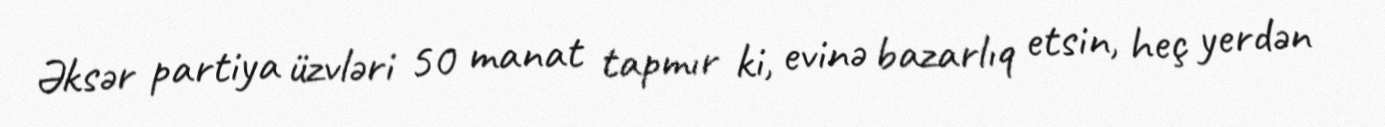
Əksər partiya üzvləri 50 manat tapmır ki, evinə bazarlıq etsin, heç yerdən